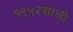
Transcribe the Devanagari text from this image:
१९५२साली